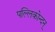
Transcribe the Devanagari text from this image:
पल्लिकोन्दन्